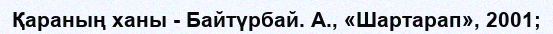
Қараның ханы - Байтүрбай. А., «Шартарап», 2001;